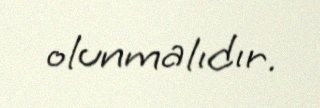
olunmalıdır.